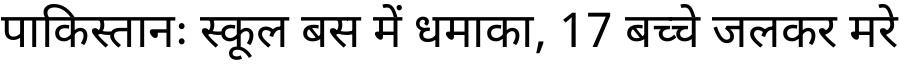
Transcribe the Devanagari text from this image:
पाकिस्तानः स्कूल बस में धमाका, 17 बच्चे जलकर मरे